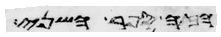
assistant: הנהר השני